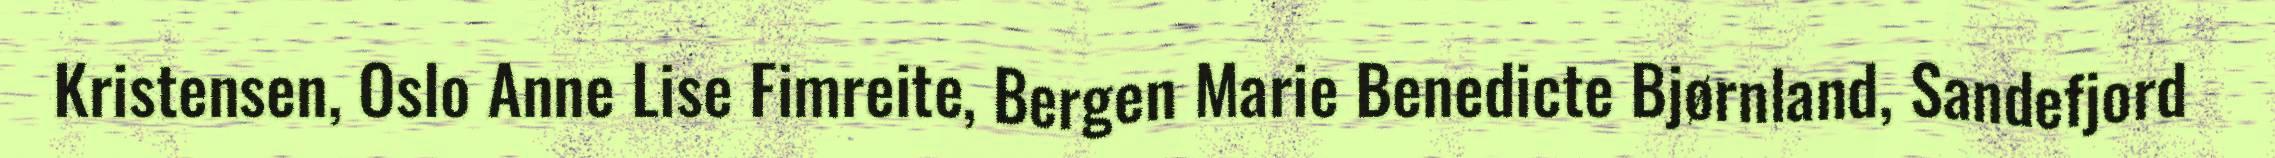
Kristensen, Oslo Anne Lise Fimreite, Bergen Marie Benedicte Bjørnland, Sandefjord